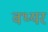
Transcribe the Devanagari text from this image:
वथ्यर